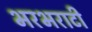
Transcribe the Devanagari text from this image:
भरभराटी